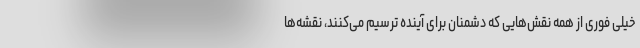
خیلی فوری از همه نقش‌هایی که دشمنان برای آینده ترسیم می‌کنند، نقشه‌ها